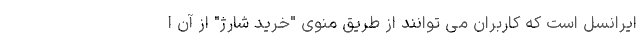
ایرانسل است که کاربران می توانند از طریق منوی "خرید شارژ" از آن ا